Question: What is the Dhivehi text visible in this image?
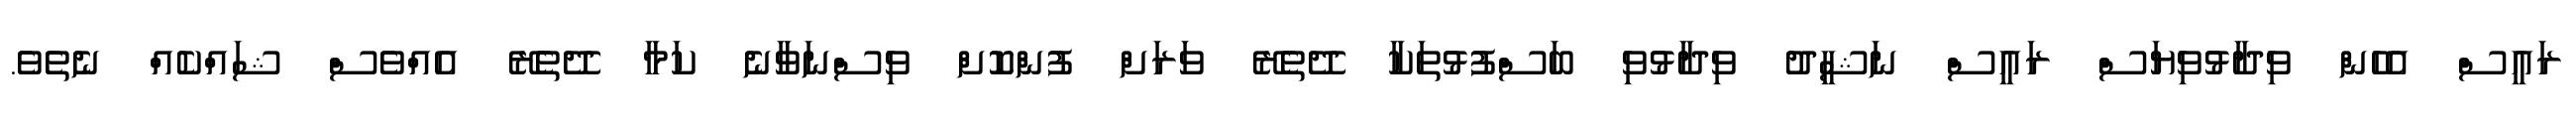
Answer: ރައީސް އެހެން ވިދާޅުވިޔަސް ރައީސް ނަޝީދު ވިދާޅުވި ބަސްފުޅުތަކާ ދޭތެރޭ ވަރަށް ފުންކޮށް ވިސްނަވާނެ ކަމާ ދޭތެރޭ އެއްވެސް ޝައްކެއް ނެތެވެ.